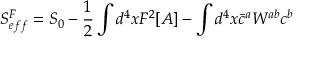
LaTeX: S _ { e f f } ^ { F } = S _ { 0 } - \frac { 1 } { 2 } \int d ^ { 4 } x F ^ { 2 } [ A ] - \int d ^ { 4 } x \bar { c } ^ { a } W ^ { a b } c ^ { b }